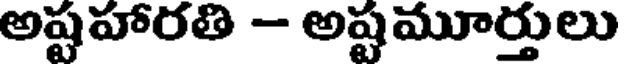
అష్టహారతి - అష్టమూర్తులు